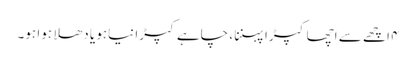
۴ اچھے سے اچھا کپڑا پہننا ، چاہے کپڑا نیاہو یا دھلا ہوا ہو۔